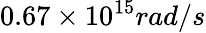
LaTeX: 0.67\times 10^{15}rad/s